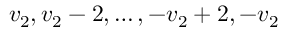
v _ { 2 } , v _ { 2 } - 2 , \ldots , - v _ { 2 } + 2 , - v _ { 2 }